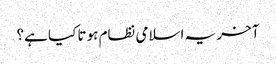
آخر یہ اسلامی نظام ہوتا کیا ہے؟